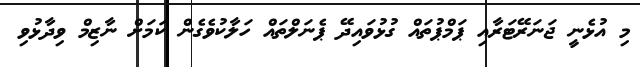
މި އުޅެނީ ޖަނަރޭޓަރާއި ޕަމްޕުތައް ގުޅުވައިދޭ ޕެނަލްތައް ހަލާކުވެގެން ކަމަށް ނާޒިމް ވިދާޅުވި